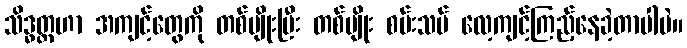
သိဒ္ဓတ္ထဟာ အကျင့်တွေကို တစ်မျိုးပြီး တစ်မျိုး စမ်းသပ် လေ့ကျင့်ကြည့်နေခဲ့တာပါပဲ။